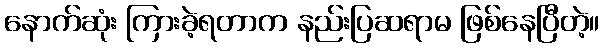
နောက်ဆုံး ကြားခဲ့ရတာက နည်းပြဆရာမ ဖြစ်နေပြီတဲ့။